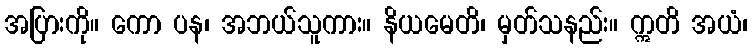
အပြားကို။ ကော ပန၊ အဘယ်သူကား။ နိယမေတိ၊ မှတ်သနည်း။ ဣတိ အယံ၊